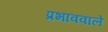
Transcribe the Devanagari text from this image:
प्रभाववाले